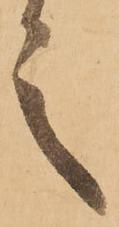
言